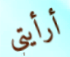
أرأيتي